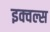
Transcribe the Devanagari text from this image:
इक्वल्स